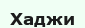
Хаджи